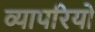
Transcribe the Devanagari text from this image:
व्यापरियो